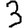
Digit: 3